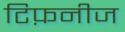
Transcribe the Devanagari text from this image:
टिफ़नीज